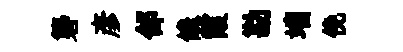
礱彥郃饞霞勘端俛